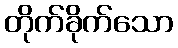
တိုက်ခိုက်သော